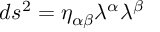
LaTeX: d s ^ { 2 } = \eta _ { \alpha \beta } \lambda ^ { \alpha } \lambda ^ { \beta }